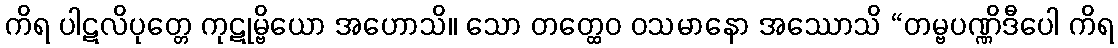
ကိရ ပါဋလိပုတ္တေ ကုဋုမ္ဗိယော အဟောသိ။ သော တတ္ထေဝ ဝသမာနော အဿောသိ “တမ္ဗပဏ္ဏိဒီပေါ ကိရ